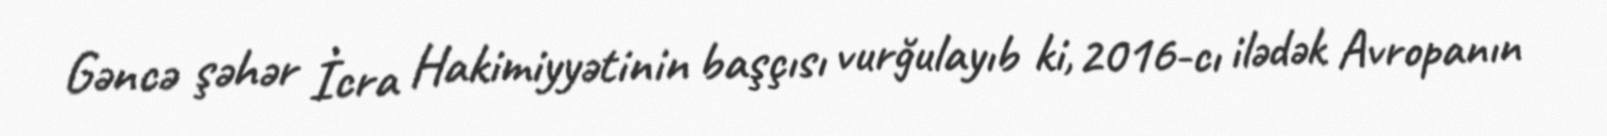
Gəncə şəhər İcra Hakimiyyətinin başçısı vurğulayıb ki, 2016-cı ilədək Avropanın